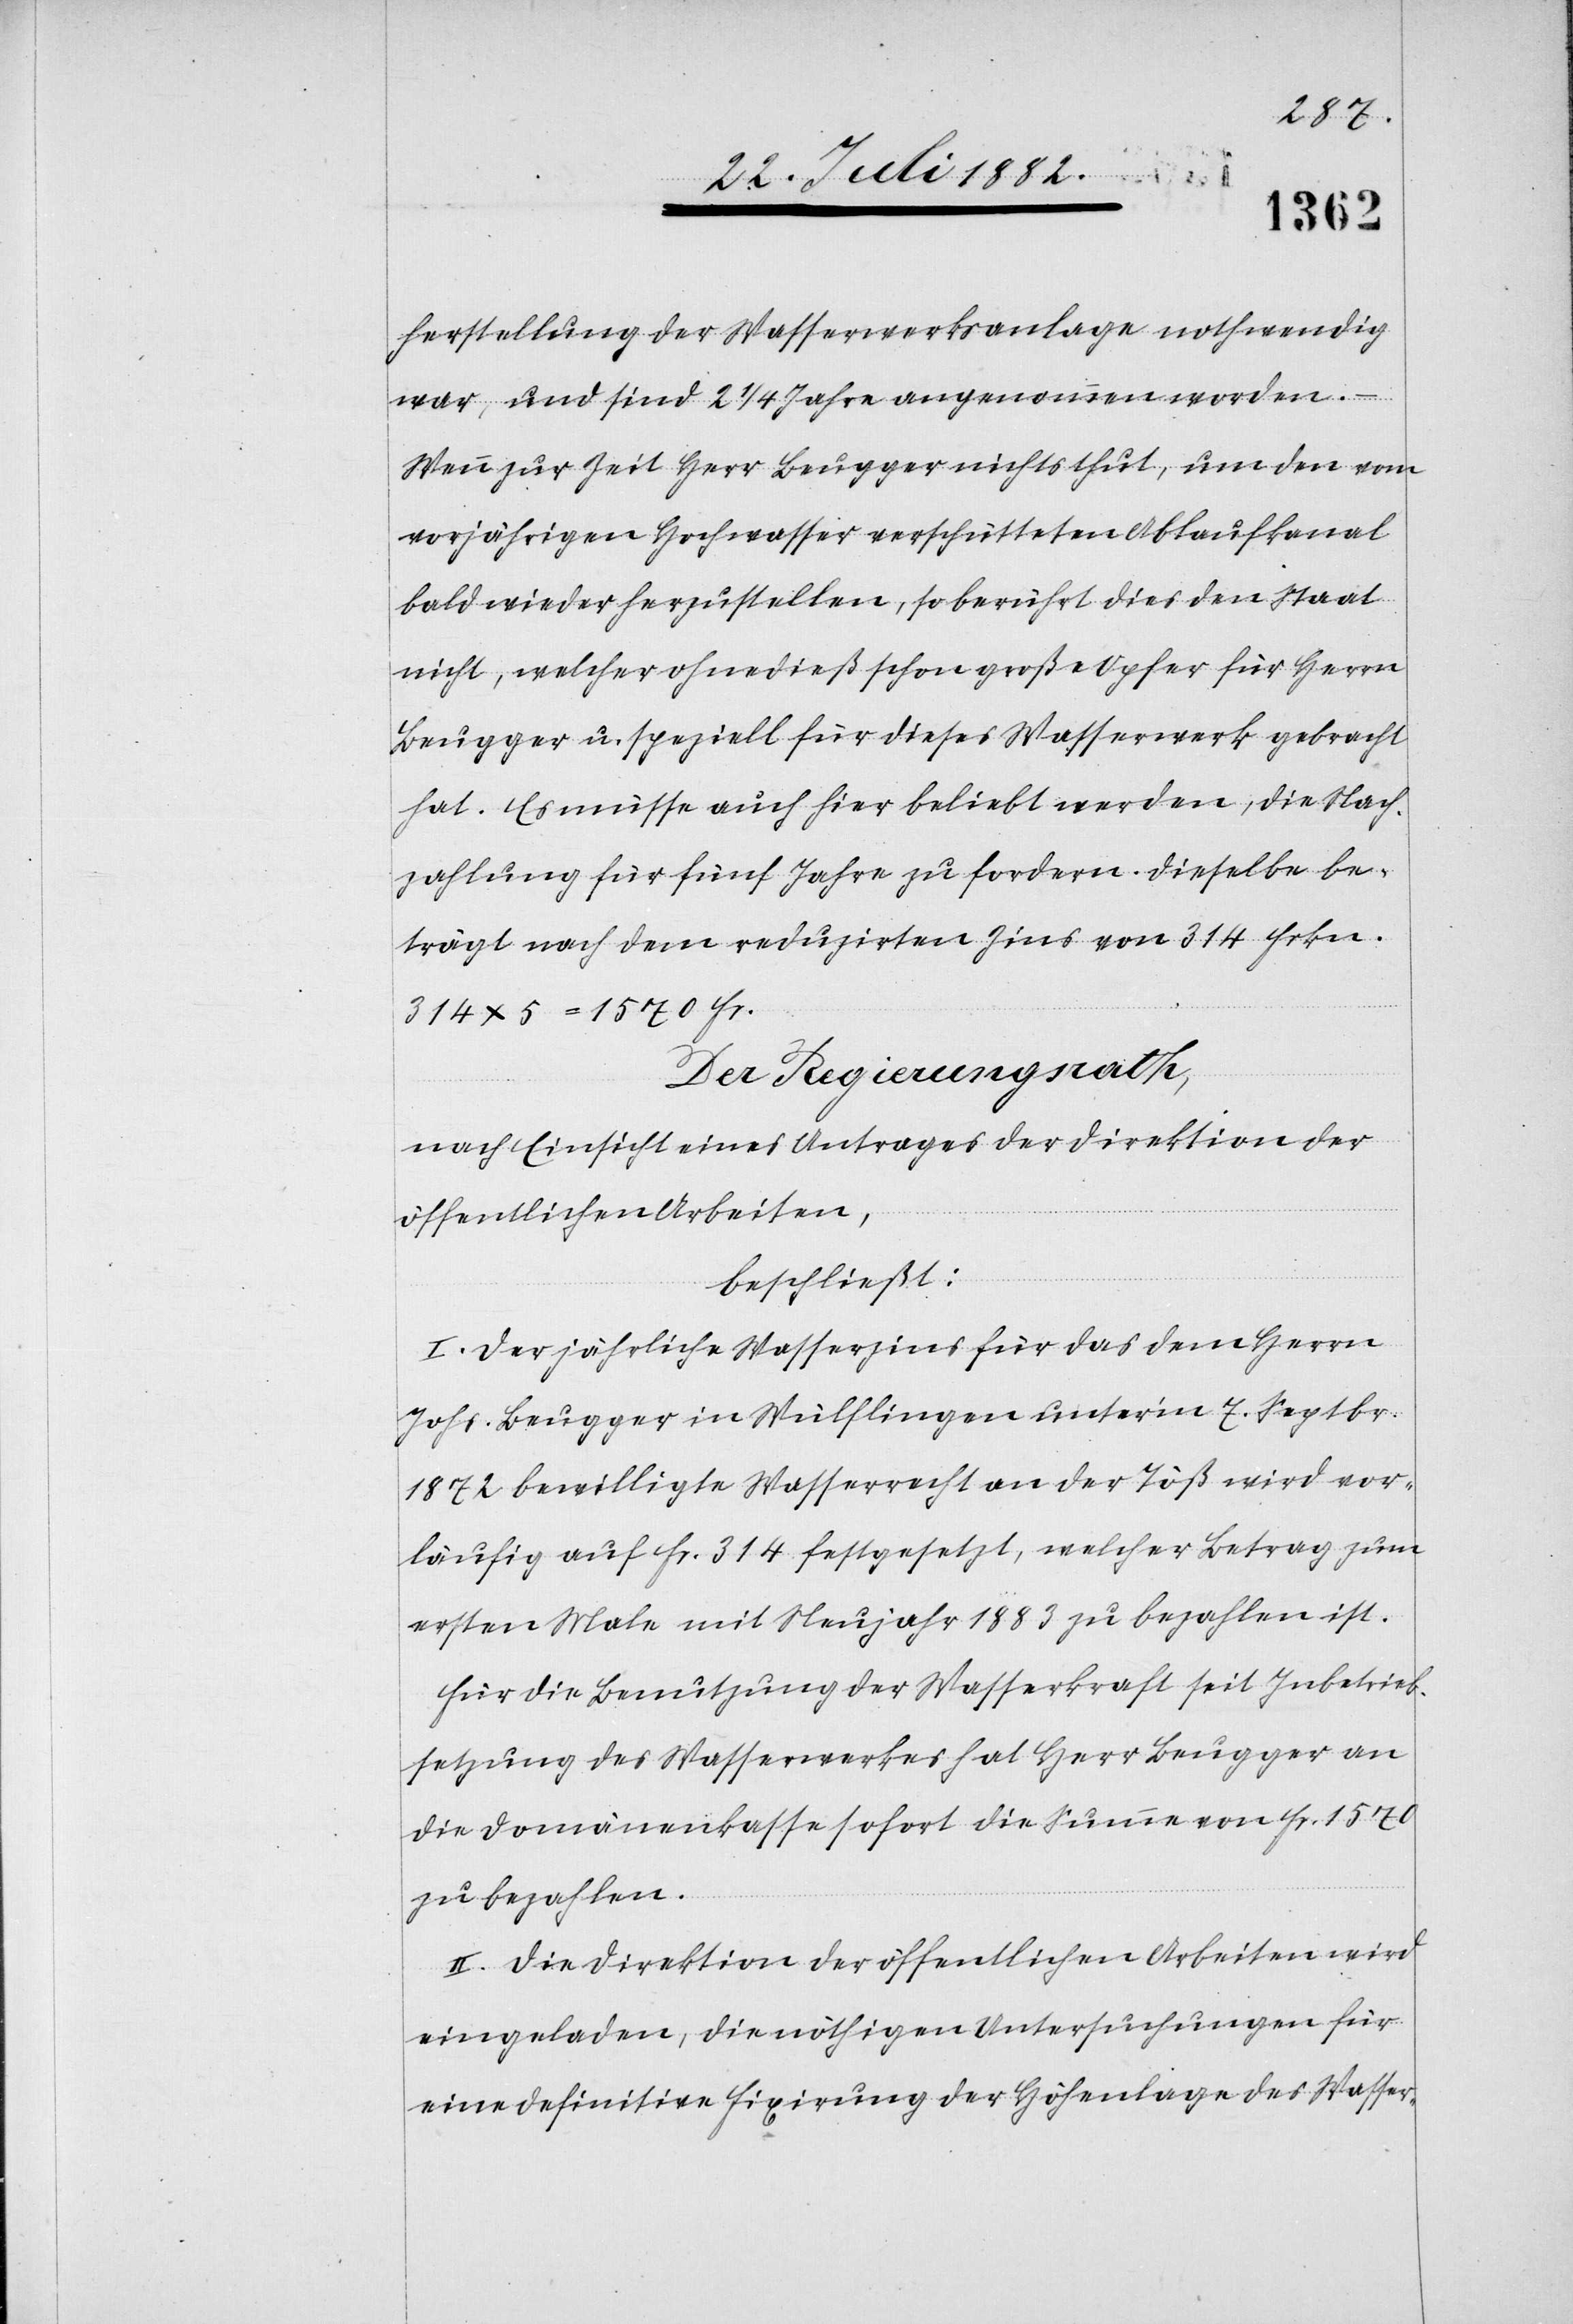
herstellung der Wasserwerksanlage nothwendig
war, und sind 2 1/4 Jahre angenommen worden.
Wenn zur Zeit Herr Beugger nichts thut, um den vom
vorjährigen Hochwasser verschütteten Ablaufkanal
bald wieder herzustellen, so berührt dies den Staat
nicht, welcher ohnedieß schon große Opfer für Herrn
Beugger u. speziell für dieses Wasserwerk gebracht
hat. Es müsse auch hier beliebt werden, die Nach¬
zahlung für fünf Jahre zu fordern. Dieselbe be¬
trägt nach dem reduzirten Zins von 314 Frkn.
314 x 5 = 1570 Fr.
Der Regierungsrath,
nach Einsicht eines Antrages der Direktion der
öffentlichen Arbeiten,
beschließt:
I. Der jährliche Wasserzins für das dem Herrn
Johs. Beugger in Wülflingen unter’m 7. Septbr.
1872 bewilligte Wasserrecht an der Töß wird vor¬
läufig auf Fr. 314 festgesetzt, welcher Betrag zum
ersten Male mit Neujahr 1883 zu bezahlen ist.
Für die Benutzung der Wasserkraft seit Inbetrieb¬
setzung des Wasserwerkes hat Herr Beugger an
die Domänenkasse sofort die Summe von Fr. 1570
zu bezahlen.
II. Die Direktion der öffentlichen Arbeiten wird
eingeladen, die nöthigen Untersuchungen für
eine definitive Fixirung der Höhenlage des Wasser-